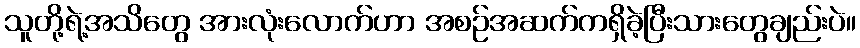
သူတို့ရဲ့အသိတွေ အားလုံးလောက်ဟာ အစဉ်အဆက်ကရှိခဲ့ပြီးသားတွေချည်းပဲ။